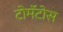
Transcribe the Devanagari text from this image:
टोमॅटोस